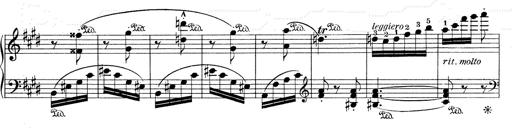
Title: Mephisto Waltz No.1
Composer: Franz Liszt